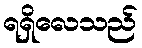
ရရှိလေသည်